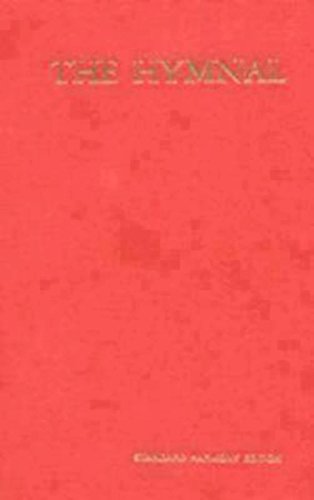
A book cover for The Hymnal: With Supplements I and II, According to the Use of the Episcopal Church, 1940; Christian Books & Bibles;